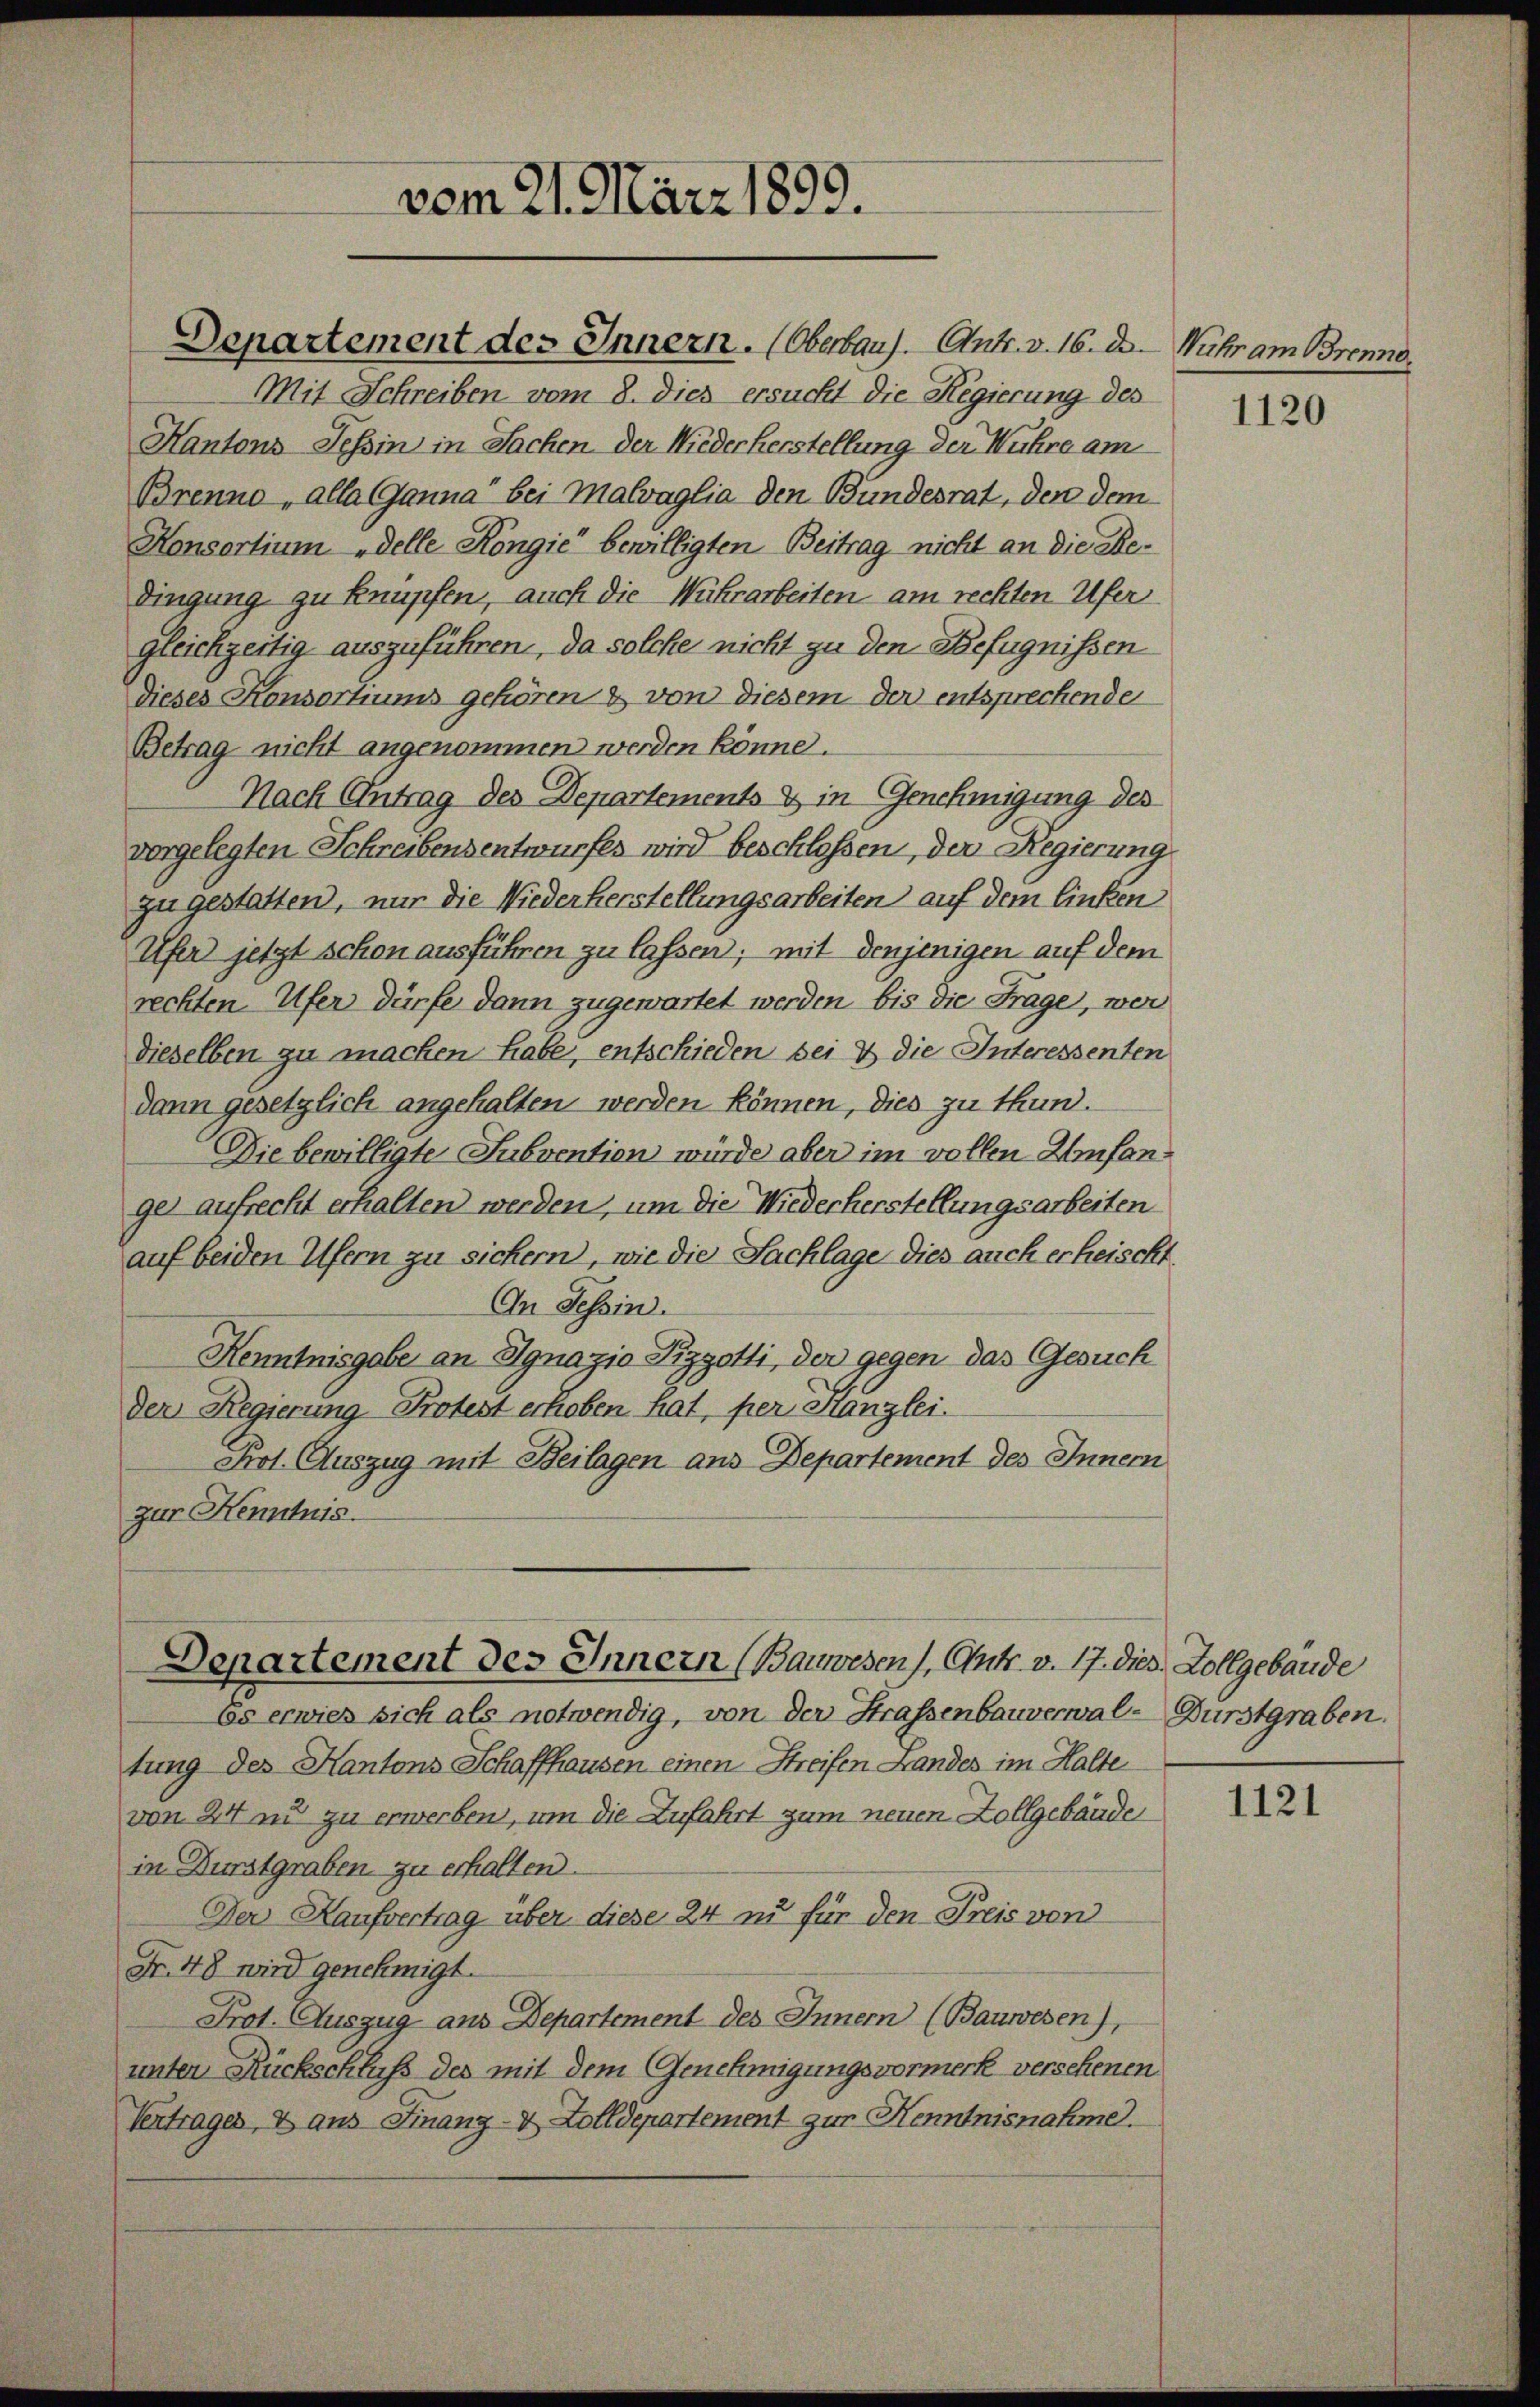
vom 21. März 1899.

Kantons Tessin in Sachen der Niederherstellung der Wuhre am
Brenne, alla Ganna bei Malvaglia den Bundesrat, den dem
Konsortium „delle Köngić bewilligten Beitrag nicht an die Bedingung zu knüpfen, auch die Wuhrarbeiten am rechten Ufer
gleichzeitig auszuführen, da solche nicht zu den Befugnissen
dieses Konsortiums gehören & von diesem der entsprechenden
Betrag nicht angenommen werden könne.
Nach Antrag des Departements & in Genehmigung des
vorgelegten Schreibensentwurfes wird beschlossen, der Regierung
zu gestatten, nur die Wiederherstellungsarbeiten auf dem linken
Ufer jetzt schon ausführen zu lassen; mit denjenigen auf dem
rechten Ufer dürfe dann zugewartet werden, bis die Frage, wer
dieselben zu machen habe, entschieden sei & die Interessenten
dann gesetzlich angehalten werden können, dies zu thun.
Die bewilligte Subvention würde aber im vollen Umfangel aufrecht erhalten werden, um die Wiederherstellungsarbeiten
auf beiden Ufern zu sichern, wie die Sachlage dies auch erheischt
In Tessin.
Kenntnisgabe an Ignazio Pizzotti, der gegen das Gesuch
Der Regierung Protest erhoben hat, per Kanzlei.
Prot. Auszug mit Beilagen aus Departement des Inner
zur Kenntnis.

Departement des Innern (Bauwesen), Orts. v. 17. dies Zollgebäude

Departement des Innern. (Oberbaus. Antr. v. 16. ds. — Wuhr am Brenne,
Mit Schreiben vom 8. dies ersucht die Regierung des

les erwies sich als notwendig, von der Strassenbauverwal-Durstgraben.
tung des Kantons Schaffhausen einen Streifen Landes im Halte
von 24 zu zu erwerben, um die Zufahrt zum neuen Zollgebäude
in Durstgraben zu erhalten.
Der Kaufvertrag über diese 24 in für den Preis von
Fr. 48 wird genehmigt.
Prot. Auszug aus Departement des Innern (Bauwesen),
unter Rückschluß des mit dem Genehmigungsvormerk verschenen
Vertrages, & aus Finanz- & Zolldepartement zur Kenntnisnahme.

1120

1121